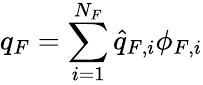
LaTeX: q_{F}=\sum_{i=1}^{N_{F}}\widehat{q}_{F,i}\phi_{F,i}